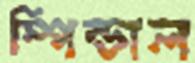
স্পিন্ডাল